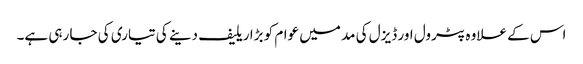
اس کے علاوہ پٹرول اور ڈیزل کی مد میں عوام کو بڑا ریلیف دینے کی تیاری کی جا رہی ہے۔